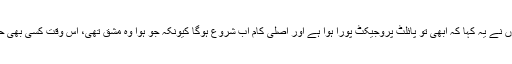
جب سائنس کے لئے شانتی سوروپ بھٹناگر ایوارڈ دیتے وقت انہوں نے یہ کہا کہ ابھی تو پائلٹ پروجیکٹ پورا ہوا ہے اور اصلی کام اب شروع ہوگا کیونکہ جو ہوا وہ مشق تھی، اس وقت کسی بھی حساس انسان کے دل میں پیدا ہونے والا پہلا تاثرکریہہ ہی رہا ہوگا۔